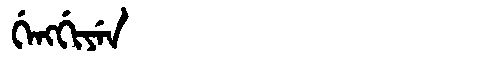
Manchu: ᡤᡝᠩᡤᡳᠶᡝᠨ
Romanization: GENGGIYEN